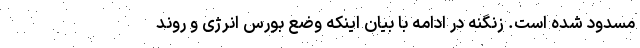
مسدود شده است. زنگنه در ادامه با بیان اینکه وضع بورس انرژی و روند